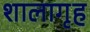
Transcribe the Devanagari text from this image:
शालागृह